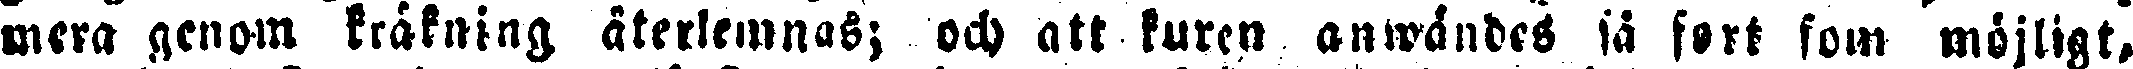
mera genom kräkning, återlemnas; och att kuren anlwändes så fort som möjligt,